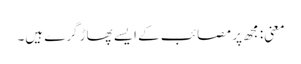
معنی: مجھ پر مصائب کے ایسے پھاڑ گرے ہیں۔